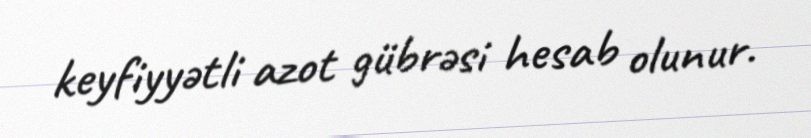
keyfiyyətli azot gübrəsi hesab olunur.